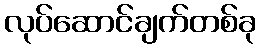
လုပ်ဆောင်ချက်တစ်ခု